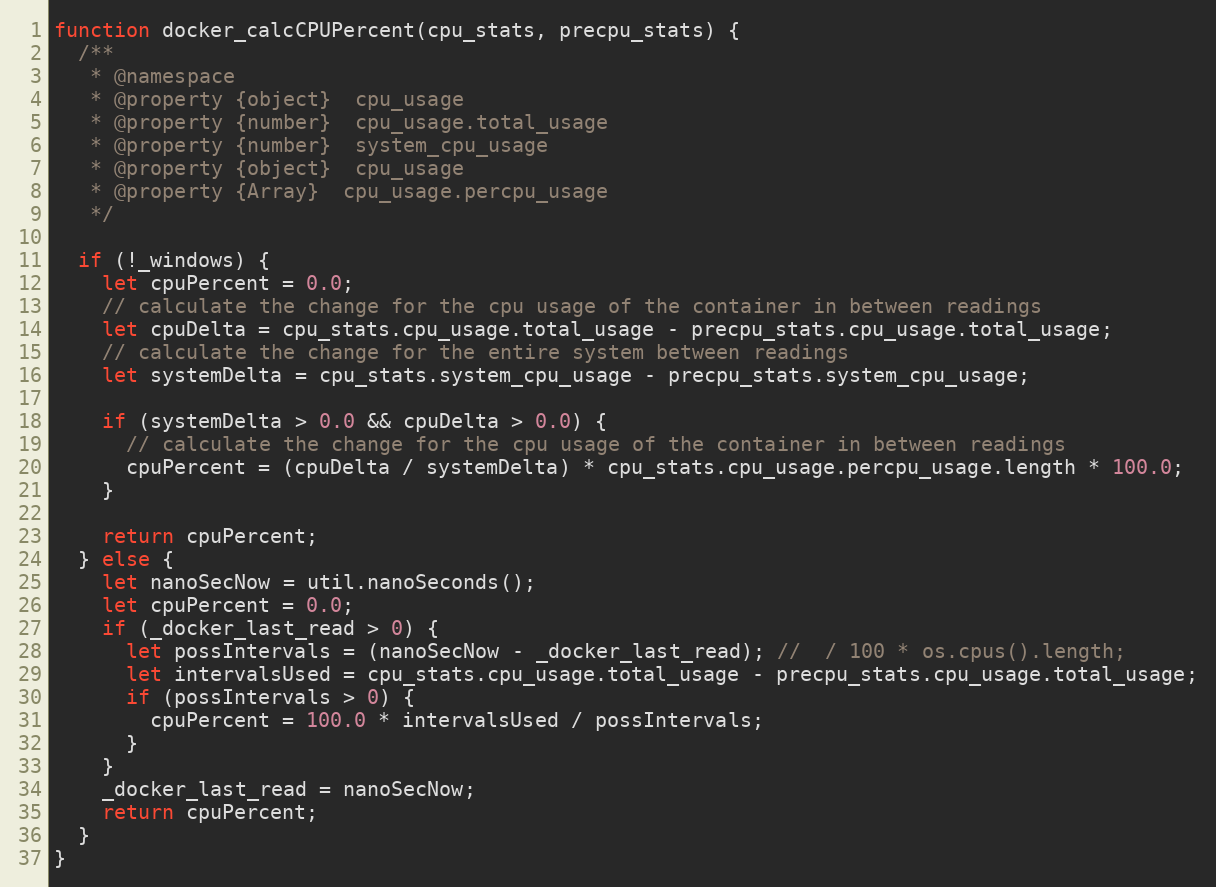
Language: JavaScript
function docker_calcCPUPercent(cpu_stats, precpu_stats) {
  /**
   * @namespace
   * @property {object}  cpu_usage
   * @property {number}  cpu_usage.total_usage
   * @property {number}  system_cpu_usage
   * @property {object}  cpu_usage
   * @property {Array}  cpu_usage.percpu_usage
   */

  if (!_windows) {
    let cpuPercent = 0.0;
    // calculate the change for the cpu usage of the container in between readings
    let cpuDelta = cpu_stats.cpu_usage.total_usage - precpu_stats.cpu_usage.total_usage;
    // calculate the change for the entire system between readings
    let systemDelta = cpu_stats.system_cpu_usage - precpu_stats.system_cpu_usage;

    if (systemDelta > 0.0 && cpuDelta > 0.0) {
      // calculate the change for the cpu usage of the container in between readings
      cpuPercent = (cpuDelta / systemDelta) * cpu_stats.cpu_usage.percpu_usage.length * 100.0;
    }

    return cpuPercent;
  } else {
    let nanoSecNow = util.nanoSeconds();
    let cpuPercent = 0.0;
    if (_docker_last_read > 0) {
      let possIntervals = (nanoSecNow - _docker_last_read); //  / 100 * os.cpus().length;
      let intervalsUsed = cpu_stats.cpu_usage.total_usage - precpu_stats.cpu_usage.total_usage;
      if (possIntervals > 0) {
        cpuPercent = 100.0 * intervalsUsed / possIntervals;
      }
    }
    _docker_last_read = nanoSecNow;
    return cpuPercent;
  }
}